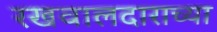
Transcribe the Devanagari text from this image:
रखवालदाराच्या